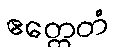
ဧတ္ထေတံ